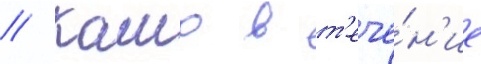
// Камо в т'ече́н'ие